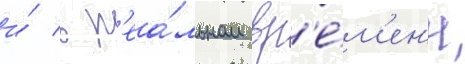
и́ в р'еа́льном вр'е́м'ен'и